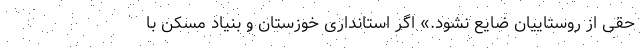
حقی از روستاییان ضایع نشود.» اگر استانداری خوزستان و بنیاد مسکن با